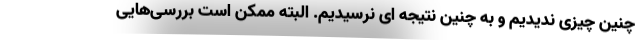
چنین چیزی ندیدیم و به چنین نتیجه ای نرسیدیم. البته ممکن است بررسی‌هایی